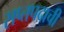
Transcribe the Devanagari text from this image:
सप्तपदाची